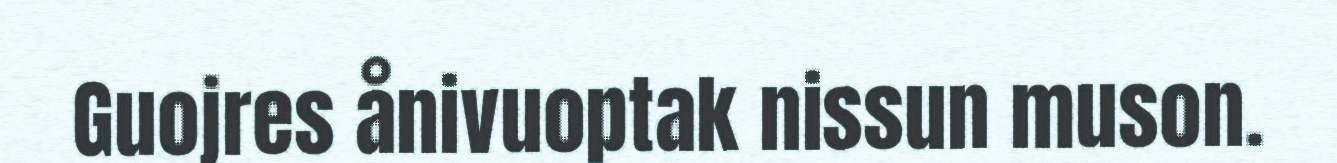
Guojres ånivuoptak nissun muson.